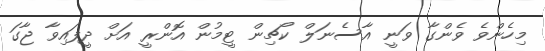
މިހެންވެ ވެންގާ ވަނީ އާސެނަލް ކޯޗިން ޓީމުން އޮންރީ އަށް ދީފައިވާ ޖާގަ